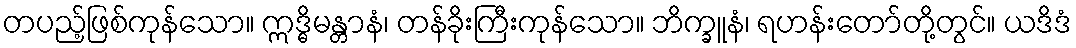
တပည့်ဖြစ်ကုန်သော။ ဣဒ္ဓိမန္တာနံ၊ တန်ခိုးကြီးကုန်သော။ ဘိက္ခူနံ၊ ရဟန်းတော်တို့တွင်။ ယဒိဒံ